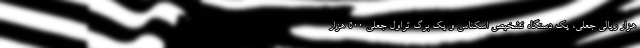
هزار ریالی جعلی، یک دستگاه تشخیص اسکناس و یک برگ تراول جعلی ۵۰۰ هزار